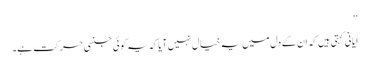
‘‘
ایانی کہتی ہیں کہ ان کے دل میں یہ خیال نہیں آیا کہ یہ کوئی جنسی حرکت ہے۔